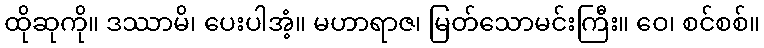
ထိုဆုကို။ ဒဿာမိ၊ ပေးပါအံ့။ မဟာရာဇ၊ မြတ်သောမင်းကြီး။ ဝေ၊ စင်စစ်။